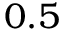
0 . 5